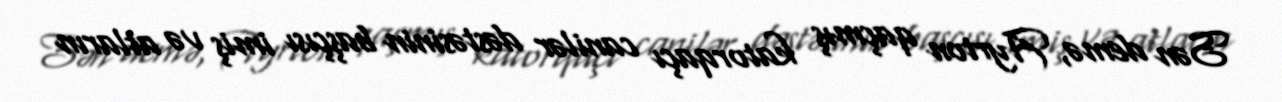
Sən demə, Ayrton qaçmış katorqaçı canilər dəstəsinin başçısı imiş və atların